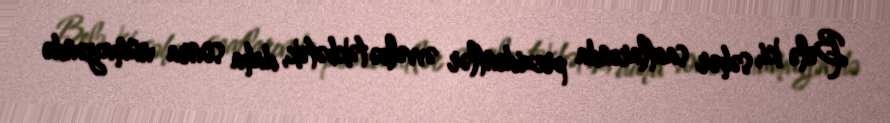
Belə ki, səhər saatlarında prezidentlər əvvəlcə təkbətək, daha sonra nümayəndə